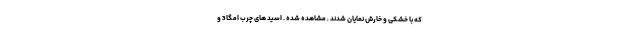
که با خشکی و خارش نمایان شدند , مشاهده شده . اسید های چرب امگا 3 و